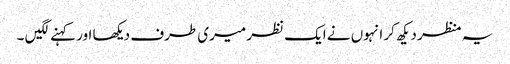
یہ منظر دیکھ کر انہوں نے ایک نظر میری طرف دیکھا اور کہنے لگیں ۔